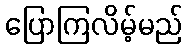
ပြောကြလိမ့်မည်